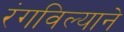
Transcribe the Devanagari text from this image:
रंगविल्याने